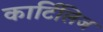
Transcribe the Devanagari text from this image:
कार्टिलिज